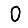
Digit: 0